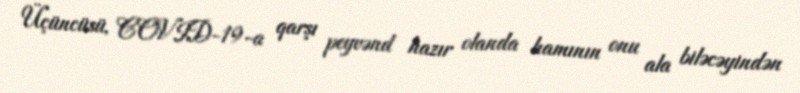
Üçüncüsü, COVID-19-a qarşı peyvənd hazır olanda hamının onu ala biləcəyindən